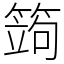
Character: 䈮